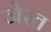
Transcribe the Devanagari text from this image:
जेस्त